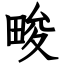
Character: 畯